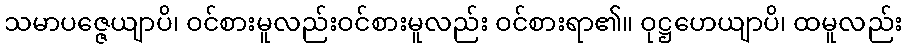
သမာပဇ္ဇေယျာပိ၊ ဝင်စားမူလည်းဝင်စားမူလည်း ဝင်စားရာ၏။ ဝုဋ္ဌဟေယျာပိ၊ ထမူလည်း